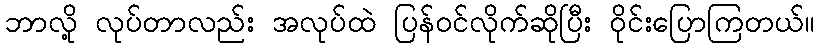
ဘာလို့ လုပ်တာလည်း အလုပ်ထဲ ပြန်ဝင်လိုက်ဆိုပြီး ဝိုင်းပြောကြတယ်။